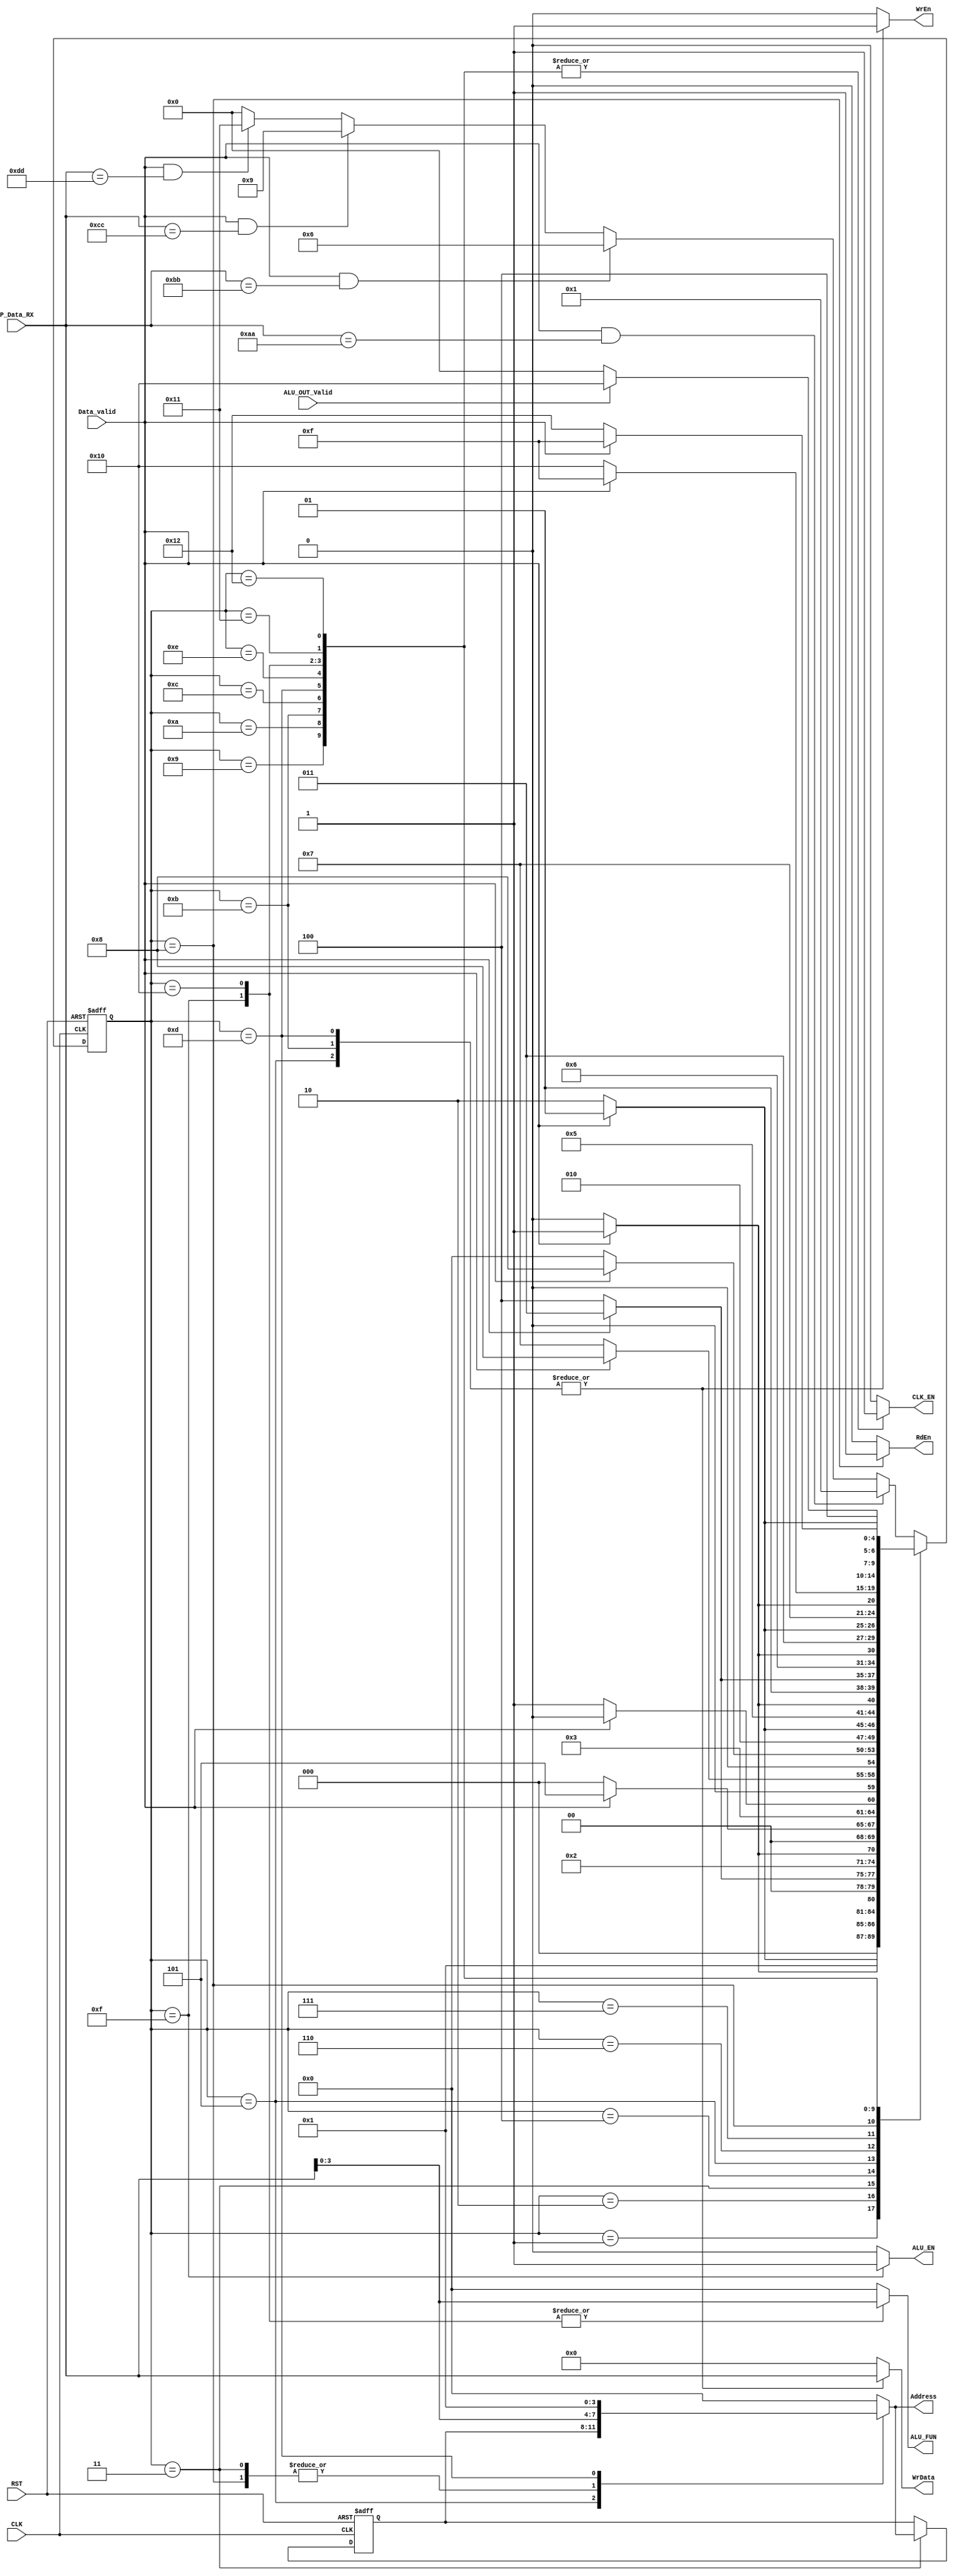
module Controller_FSM_RX (
    input wire Data_valid, CLK, RST, ALU_OUT_Valid,
    input wire [7:0] P_Data_RX,
    output reg ALU_EN, CLK_EN, WrEn, RdEn,
    output reg [3:0]    ALU_FUN, Address,
    output reg [7:0]    WrData
);
    localparam  IDLE = 0,
                RF_Wr_CMD = 1,
                MID_State_RF_Wr1 = 2,
                RF_Wr_Addr = 3,
                MID_State_RF_Wr2 = 4,
                RF_Wr_Data = 5,
                RF_Rd_CMD = 6,
                MID_State_RF_Rd1 = 7,
                RF_Rd_Addr = 8,
                ALU_OPER_W_OP_CMD = 9,
                MID_State_ALU_OP1 = 10,
                Operand_A = 11,
                MID_State_ALU_OP2 = 12,
                Operand_B = 13,
                MID_State_ALU_OP3 = 14,
                ALU_FUN_FSM = 15,
                MID_State_ALU_OP4 = 16,
                ALU_OPER_W_NOP_CMD = 17,
                MID_State_ALU_NOP1 = 18;


    reg [4:0] Current_State, Next_State;
    reg [3:0] P_Data_Addr;

    
    always @(posedge CLK or negedge RST) 
    begin
        if(!RST)
        begin
            Current_State <= IDLE;
        end
        else
        begin
            Current_State <= Next_State;
        end    
    end

    always @(*) 
    begin
        ALU_EN = 1'b0; 
        CLK_EN = 1'b0; 
        WrEn = 1'b0; 
        RdEn = 1'b0;
        ALU_FUN = 4'b0; 
        Address = 4'b0;
        WrData = 8'b0;
        case (Current_State)
            IDLE:
                begin
                    if (Data_valid && (P_Data_RX == 8'hAA)) 
                    begin
                        Next_State = RF_Wr_CMD;
                    end
                    else if(Data_valid && (P_Data_RX == 8'hBB))
                    begin
                        Next_State = RF_Rd_CMD;
                    end
                    else if(Data_valid && (P_Data_RX == 8'hCC))
                    begin
                        Next_State = ALU_OPER_W_OP_CMD;
                    end
                    else if(Data_valid && (P_Data_RX == 8'hDD))
                    begin
                        Next_State = ALU_OPER_W_NOP_CMD;
                    end
                    else
                    begin
                        Next_State = IDLE;
                    end
                end 

            RF_Wr_CMD:
                begin
                    if(!Data_valid)
                    begin
                        Next_State = MID_State_RF_Wr1;
                    end
                    else
                    begin
                        Next_State = RF_Wr_CMD;
                    end
                end
            
            MID_State_RF_Wr1:
                begin
                    if(Data_valid)
                    begin
                        Next_State = RF_Wr_Addr;
                    end
                    else
                    begin
                        Next_State = MID_State_RF_Wr1;
                    end
                end
            
            RF_Wr_Addr:
                begin
                    Address = P_Data_RX[3:0];
                    if(!Data_valid)
                    begin
                        Next_State = MID_State_RF_Wr2;
                    end
                    else
                    begin
                        Next_State = RF_Wr_Addr;
                    end
                end

            MID_State_RF_Wr2:
                begin
                    if(Data_valid)
                    begin
                        Next_State = RF_Wr_Data;
                    end
                    else
                    begin
                        Next_State = MID_State_RF_Wr2;
                    end
                end

            RF_Wr_Data:
                begin
                    Address = P_Data_Addr;
                    WrEn = 1'b1;
                    WrData = P_Data_RX;
                    if(!Data_valid)
                    begin
                        Next_State = IDLE;
                    end
                    else
                    begin
                        Next_State = RF_Wr_Data;
                    end
                end

            RF_Rd_CMD:
                begin
                    if(!Data_valid)
                    begin
                        Next_State = MID_State_RF_Rd1;
                    end
                    else
                    begin
                        Next_State = RF_Rd_CMD;
                    end
                end

            MID_State_RF_Rd1:
                begin
                    if(Data_valid)
                    begin
                        Next_State = RF_Rd_Addr;
                    end
                    else
                    begin
                        Next_State = MID_State_RF_Rd1;
                    end
                end

            RF_Rd_Addr:
                begin
                    Address = P_Data_RX[3:0];
                    RdEn = 1'b1;
                    if(!Data_valid)
                    begin
                        Next_State = IDLE;
                    end
                    else
                    begin
                        Next_State = RF_Rd_Addr;
                    end
                end

            ALU_OPER_W_OP_CMD:
                begin
                    CLK_EN = 1'b1;
                    if(!Data_valid)
                    begin
                        Next_State = MID_State_ALU_OP1;
                    end
                    else
                    begin
                        Next_State = ALU_OPER_W_OP_CMD;
                    end
                end

            MID_State_ALU_OP1:
                begin
                    CLK_EN = 1'b1;
                    if(Data_valid)
                    begin
                        Next_State = Operand_A;
                    end
                    else
                    begin
                        Next_State = MID_State_ALU_OP1;
                    end
                end

            Operand_A:
                begin
                    CLK_EN = 1'b1;
                    Address = 4'b0;
                    WrEn = 1'b1;
                    WrData = P_Data_RX;
                    if(!Data_valid)
                    begin
                        Next_State = MID_State_ALU_OP2;
                    end
                    else
                    begin
                        Next_State = Operand_A;
                    end
                end

            MID_State_ALU_OP2:
                begin
                    CLK_EN = 1'b1;
                    if(Data_valid)
                    begin
                        Next_State = Operand_B;
                    end
                    else
                    begin
                        Next_State = MID_State_ALU_OP2;
                    end
                end

            Operand_B:
                begin
                    CLK_EN = 1'b1;
                    Address = 4'b0001;
                    WrEn = 1'b1;
                    WrData = P_Data_RX;
                    if(!Data_valid)
                    begin
                        Next_State = MID_State_ALU_OP3;
                    end
                    else
                    begin
                        Next_State = Operand_B;
                    end
                end

            MID_State_ALU_OP3:
                begin
                    CLK_EN = 1'b1;
                    if(Data_valid)
                    begin
                        Next_State = ALU_FUN_FSM;
                    end
                    else
                    begin
                        Next_State = MID_State_ALU_OP3;
                    end
                end
            
            ALU_FUN_FSM:
                begin
                    ALU_EN = 1'b1;
                    ALU_FUN = P_Data_RX[3:0];
                    CLK_EN = 1'b1;
                    if(!Data_valid)
                    begin
                        Next_State = MID_State_ALU_OP4;
                    end
                    else
                    begin
                        Next_State = ALU_FUN_FSM;
                    end
                end

            MID_State_ALU_OP4:
                begin
                    CLK_EN = 1'b1;
                    ALU_FUN = P_Data_RX[3:0];
                    //ALU_EN = 1'b1;
                    if (!ALU_OUT_Valid)
                    begin
                        Next_State = IDLE;
                    end
                    else
                    begin
                        Next_State = MID_State_ALU_OP4;
                    end
                end

            ALU_OPER_W_NOP_CMD:
                begin
                    CLK_EN = 1'b1;
                    if(!Data_valid)
                    begin
                        Next_State = MID_State_ALU_NOP1;
                    end
                    else
                    begin
                        Next_State = ALU_OPER_W_NOP_CMD;
                    end
                end

            MID_State_ALU_NOP1:
                begin
                    CLK_EN = 1'b1;
                    if(Data_valid)
                    begin
                        Next_State = ALU_FUN_FSM;
                    end
                    else
                    begin
                        Next_State = MID_State_ALU_NOP1;
                    end
                end

            default:
                begin
                    if (Data_valid && (P_Data_RX == 8'hAA)) 
                    begin
                        Next_State = RF_Wr_CMD;
                    end
                    else if(Data_valid && (P_Data_RX == 8'hBB))
                    begin
                        Next_State = RF_Rd_CMD;
                    end
                    else if(Data_valid && (P_Data_RX == 8'hCC))
                    begin
                        Next_State = ALU_OPER_W_OP_CMD;
                    end
                    else if(Data_valid && (P_Data_RX == 8'hDD))
                    begin
                        Next_State = ALU_OPER_W_NOP_CMD;
                    end
                    else
                    begin
                        Next_State = IDLE;
                    end
                end 
        endcase
    end



    always @(posedge CLK or negedge RST) 
    begin
        if (!RST)
        begin
            P_Data_Addr <= 4'b0;
        end
        else if(Current_State == RF_Wr_Addr)
        begin
            P_Data_Addr <= Address;
        end
    end
endmodule